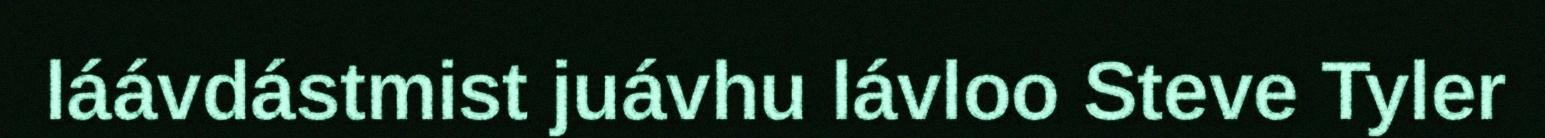
láávdástmist juávhu lávloo Steve Tyler